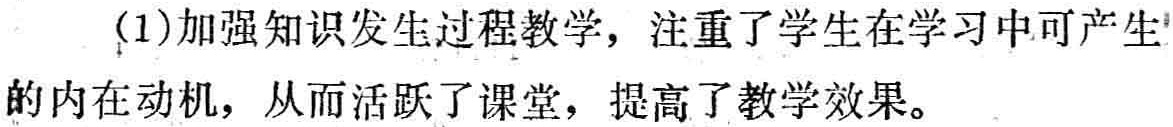
(1)加强知识发生过程教学，注重了学生在学习中可产生的内在动机，从而活跃了课堂，提高了教学效果。